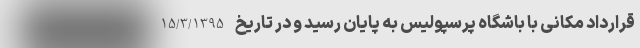
قرارداد مکانی با باشگاه پرسپولیس به پایان رسید و در تاریخ 15/3/1395